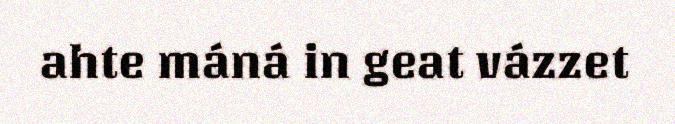
ahte máná in geat vázzet